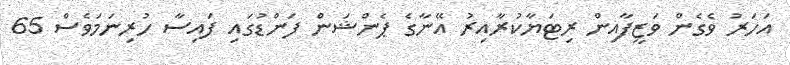
އަހަރު ވެގެން ވަޒީފާއިން ރިޓަޔާކުރާއިރު އޭނާގެ ޕެންޝަން ފަންޑުގައި ފައިސާ ހުރިނަމަވެސް 65